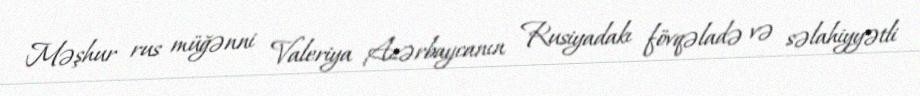
Məşhur rus müğənni Valeriya Azərbaycanın Rusiyadakı fövqəladə və səlahiyyətli